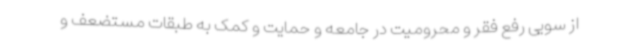
از سویی رفع فقر و محرومیت در جامعه و حمایت و کمک به طبقات مستضعف و